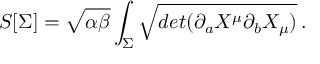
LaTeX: S [ \Sigma ] = \sqrt { \alpha \beta } \int _ { \Sigma } \sqrt { d e t ( \partial _ { a } X ^ { \mu } \partial _ { b } X _ { \mu } ) } \, .